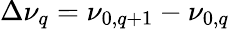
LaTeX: \Delta\nu_{q}=\nu_{0,q+1}-\nu_{0,q}